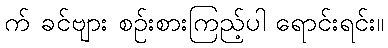
က် ခင်ဗျား စဉ်းစားကြည့်ပါ ရောင်းရင်း။